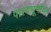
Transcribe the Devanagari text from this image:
पाश्वभूमीवर